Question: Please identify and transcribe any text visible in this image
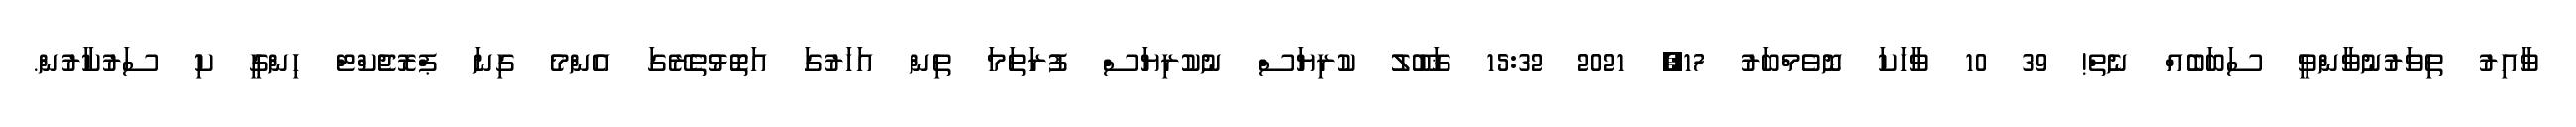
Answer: ވާއިރު ތިވަރުނުވާންވީ ސަބަބެއް ނެތް! 39 10 ވާހަކަ ނޮވެމްބަރު 17, 2021 15:32 ޤަބޫލު ކުރިޔަސް ނުކުރިޔަސް ފުރަތަމަ ތިން އަހަރުގަ އަތޮޅުތެރޭގަ އެންމެ ގިނަ ޕްރޮޖެކްޓް ހިންގީ ކި ސަރުކާރުން.